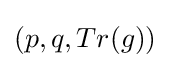
(p,q,Tr(g))